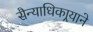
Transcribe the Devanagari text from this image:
सैन्याधिकार्‍याने